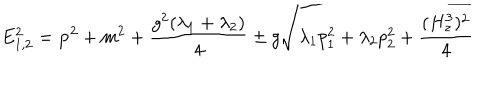
E _ { 1 , 2 } ^ { 2 } = { \bf p } ^ { 2 } + m ^ { 2 } + \frac { g ^ { 2 } ( \lambda _ { 1 } + \lambda _ { 2 } ) } { 4 } \pm g \sqrt { \lambda _ { 1 } p _ { 1 } ^ { 2 } + \lambda _ { 2 } p _ { 2 } ^ { 2 } + \frac { ( H _ { z } ^ { 3 } ) ^ { 2 } } { 4 } }